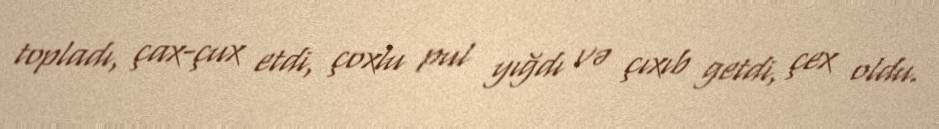
topladı, çax-çux etdi, çoxlu pul yığdı və çıxıb getdi, çex oldu.